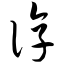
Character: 谆